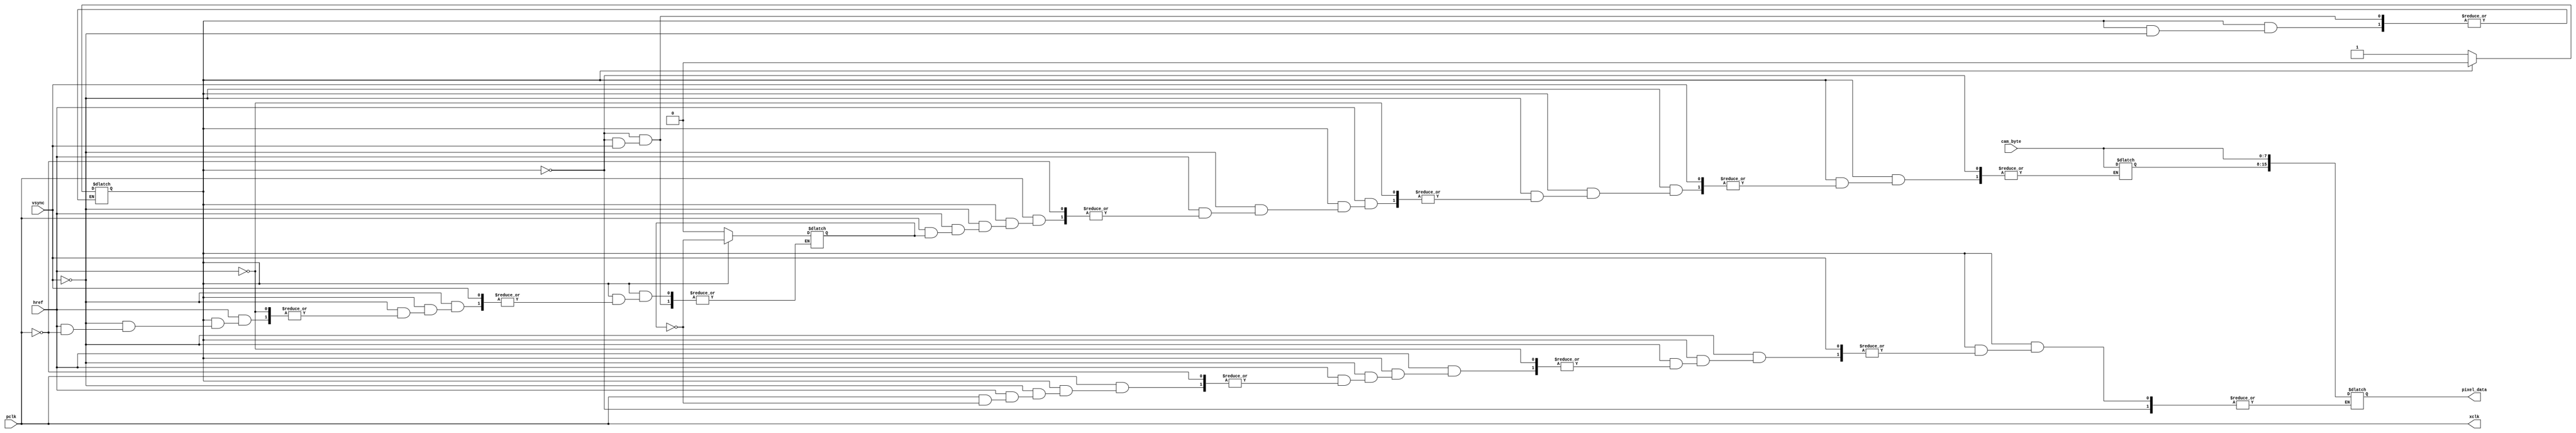
`timescale 1ns / 1ps
//////////////////////////////////////////////////////////////////////////////////
// Company: 
// Engineer: 
// 
// Design Name: 
// Module Name: CameraController
// Project Name: 
// Target Devices: 
// Tool Versions: 
// Description: 
// 
// Dependencies: 
// 
// Revision:
// Revision 0.01 - File Created
// Additional Comments:
// 
//////////////////////////////////////////////////////////////////////////////////


module CameraController #(parameter SYS_CLK_FRQ = 100000000,
                          parameter XCLK_FRQ = 24_000_000)(
    // Facing Camera
    input wire [7:0] cam_byte,
    input wire pclk,
    input wire vsync,
    input wire href,
    output wire xclk,
    
    // Facing System
    //input wire sys_clk,	// not needed?
    output reg [15:0] pixel_data
    //output reg out_clk	// not needed?
    );

    initial begin
        pixel_data = 0;
    end

    localparam FRAME_START = 0;
    localparam PIXEL = 1;

    reg [15:0] pixel = 0;
    reg byte_num = 0;
    reg state = FRAME_START;
	 
	 assign xclk = pclk;

    always @(pclk) begin
        case(state)
            FRAME_START: begin
                if(vsync == 0) begin    // valid frame
                    state = PIXEL;
                    byte_num = 0;
                end
            end

            PIXEL: begin
                if(vsync == 1) begin    // end frame
                    state = FRAME_START;
                end
                else begin  // still in frame
                    if(href == 1) begin // valid line
						if(pclk == 1) begin	// rising edge sends byte
							if(byte_num == 0) begin // first byte (R3:0 G5:3)
							    pixel[15:8] = cam_byte;
							end
						    else begin  // second byte (G2:0 B3:0)
							    pixel[7:0] = cam_byte;
							    pixel_data = pixel; // output finished pixel data
						    end
						    byte_num = ~byte_num;   // switch to next byte val
					    end
                    end
                end
            end
        endcase
    end

endmodule